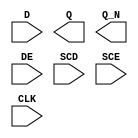
module sky130_fd_sc_hd__sedfxbp (
    //# {{data|Data Signals}}
    input  D  ,
    output Q  ,
    output Q_N,

    //# {{control|Control Signals}}
    input  DE ,

    //# {{scanchain|Scan Chain}}
    input  SCD,
    input  SCE,

    //# {{clocks|Clocking}}
    input  CLK
);

    // Voltage supply signals
    supply1 VPWR;
    supply0 VGND;
    supply1 VPB ;
    supply0 VNB ;

endmodule